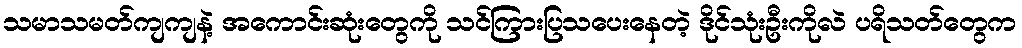
သမာသမတ်ကျကျနဲ့ အကောင်းဆုံးတွေကို သင်ကြားပြသပေးနေတဲ့ ဒိုင်သုံးဦးကိုလဲ ပရိသတ်တွေက